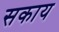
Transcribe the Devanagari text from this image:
सकाय